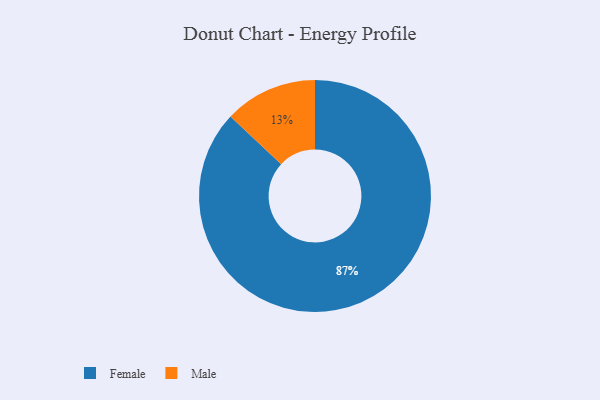
{"axis": {"x": "Category", "y": "Percentage"}, "legend": ["Female", "Male"], "data": [{"x": "Female", "y": 87, "type": "Female"}, {"x": "Male", "y": 13, "type": "Male"}]}